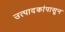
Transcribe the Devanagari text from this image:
उत्पादकांपासून